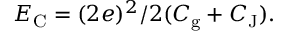
E _ { \mathrm { { C } } } = ( 2 e ) ^ { 2 } / 2 ( C _ { \mathrm { { g } } } + C _ { \mathrm { { J } } } ) .